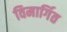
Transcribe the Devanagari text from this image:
विमार्गित